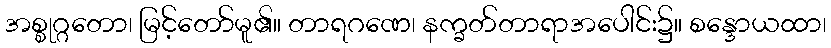
အစ္စုဂ္ဂတော၊ မြင့်တော်မူ၏။ တာရဂဏေ၊ နက္ခတ်တာရာအပေါင်း၌။ စန္ဒောယထာ၊